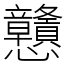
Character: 戇